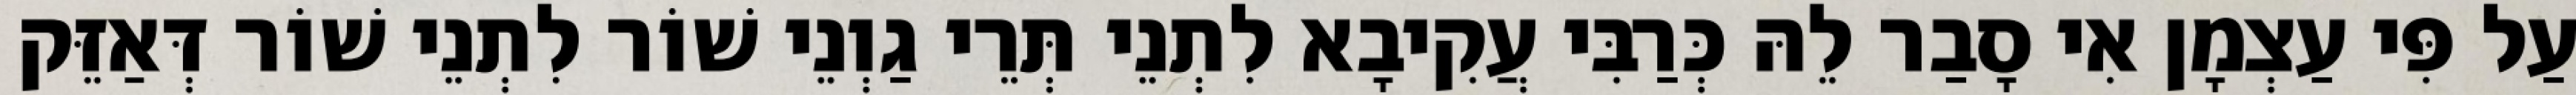
עַל פִּי עַצְמָן אִי סָבַר לֵהּ כְּרַבִּי עֲקִיבָא לִתְנֵי תְּרֵי גַוְנֵי שׁוֹר לִתְנֵי שׁוֹר דְּאַזֵּק